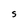
Character: S